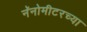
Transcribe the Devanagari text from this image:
नॅनोमीटरच्या